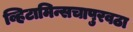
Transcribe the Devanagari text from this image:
व्हिटामिन्सचापुरवठा